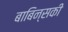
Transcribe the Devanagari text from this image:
बाबिन्सकी